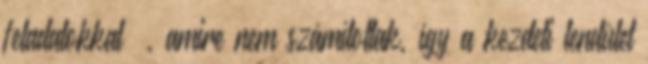
feladatokkal –, amire nem számítottak, így a kezdeti lendület